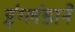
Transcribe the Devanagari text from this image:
इंग्लंडाने